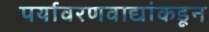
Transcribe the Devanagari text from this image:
पर्यावरणवाद्यांकडून